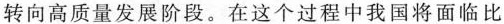
转向高质量发展阶段。在这个过程中我国将面临比